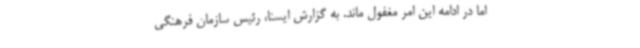
اما در ادامه این امر مغفول ماند. به گزارش ایسنا، رئیس سازمان فرهنگی